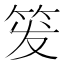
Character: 𬔹